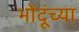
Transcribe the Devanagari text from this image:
भोंदूंच्या